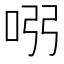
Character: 𠱳